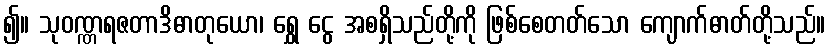
၍။ သုဝဏ္ဏရဇတာဒိဓာတုယော၊ ရွှေ ငွေ အစရှိသည်တို့ကို ဖြစ်စေတတ်သော ကျောက်ဓာတ်တို့သည်။